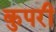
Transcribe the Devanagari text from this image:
कुपरी